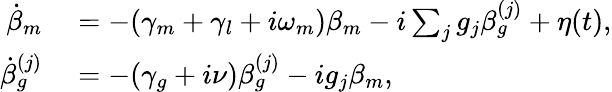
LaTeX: \begin{array}{rl}{\dot{\beta}_{m}}&{{}=-(\gamma_{m}+\gamma_{l}+i\omega_{m})\beta_{m}-i\sum_{j}g_{j}\beta_{g}^{(j)}+\eta(t),}\\ {\dot{\beta}_{g}^{(j)}}&{{}=-(\gamma_{g}+i\nu)\beta_{g}^{(j)}-ig_{j}\beta_{m},}\end{array}